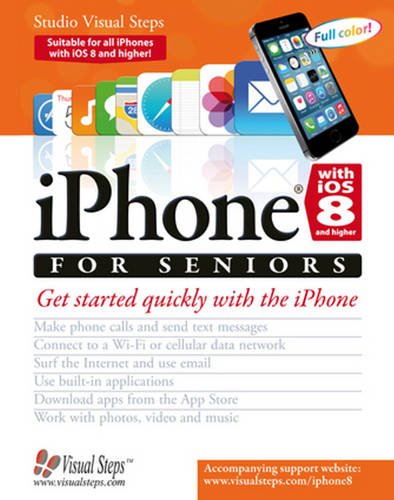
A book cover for iPhone with iOS 8 and higher for Seniors: Get Started Quickly with the iPhone (Computer Books for Seniors series); Studio Visual Steps; Computers & Technology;